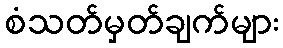
စံသတ်မှတ်ချက်များ